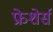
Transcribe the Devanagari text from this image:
फ्रेशेर्स